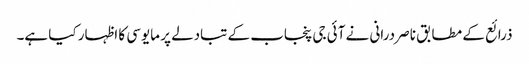
ذرائع کے مطابق ناصر درانی نے آئی جی پنجاب کے تبادلے پر مایوسی کا اظہار کیا ہے۔